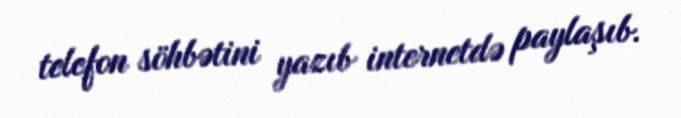
telefon söhbətini yazıb internetdə paylaşıb.